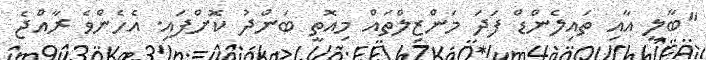
"ބާލީ އާއި ތައިލެންޑް ފަދަ މަންޒިލްތައް މިއޮތީ ބަންދު ކޮށްފައި. އެހެންވެ ރާއްޖެ